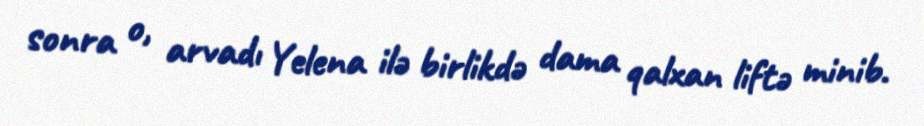
sonra o, arvadı Yelena ilə birlikdə dama qalxan liftə minib.